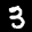
Label: 3